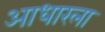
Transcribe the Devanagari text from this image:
आधारला